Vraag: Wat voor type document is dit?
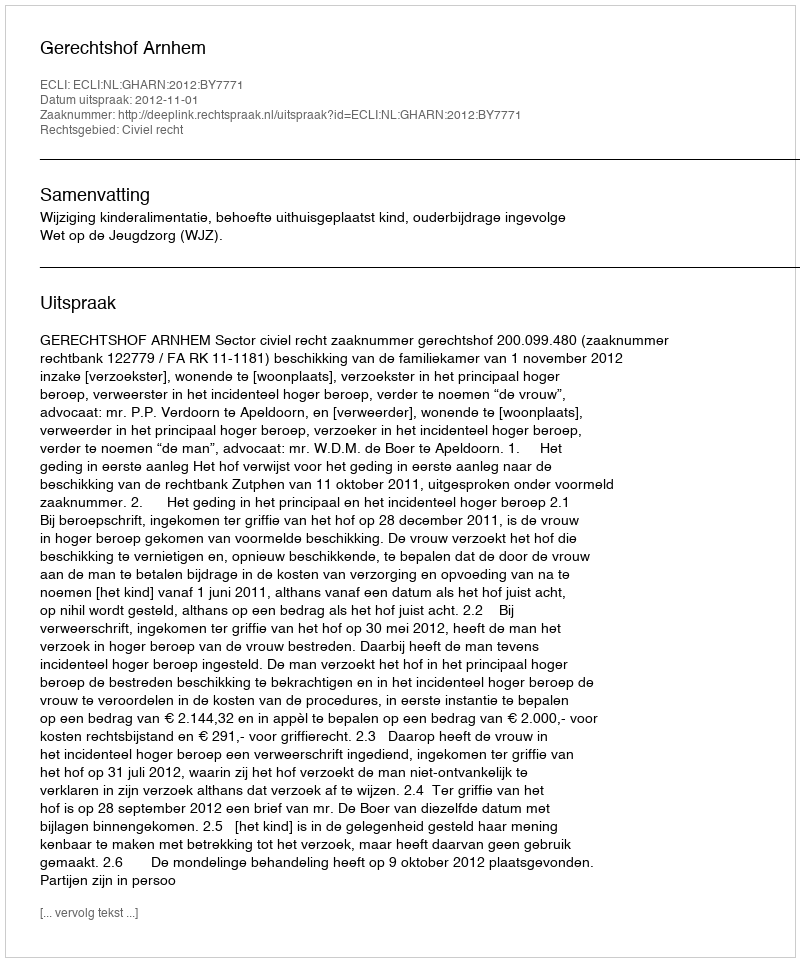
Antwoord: Uitspraak